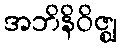
အဘိနိဝိဇ္ဈ